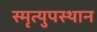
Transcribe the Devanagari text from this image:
स्मृत्युपस्थान